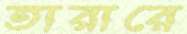
তারারে